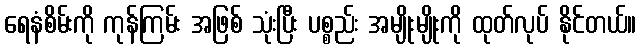
ရေနံစိမ်းကို ကုန်ကြမ်း အဖြစ် သုံးပြီး ပစ္စည်း အမျိုးမျိုးကို ထုတ်လုပ် နိုင်တယ်။